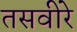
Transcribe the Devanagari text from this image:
तसवीरे